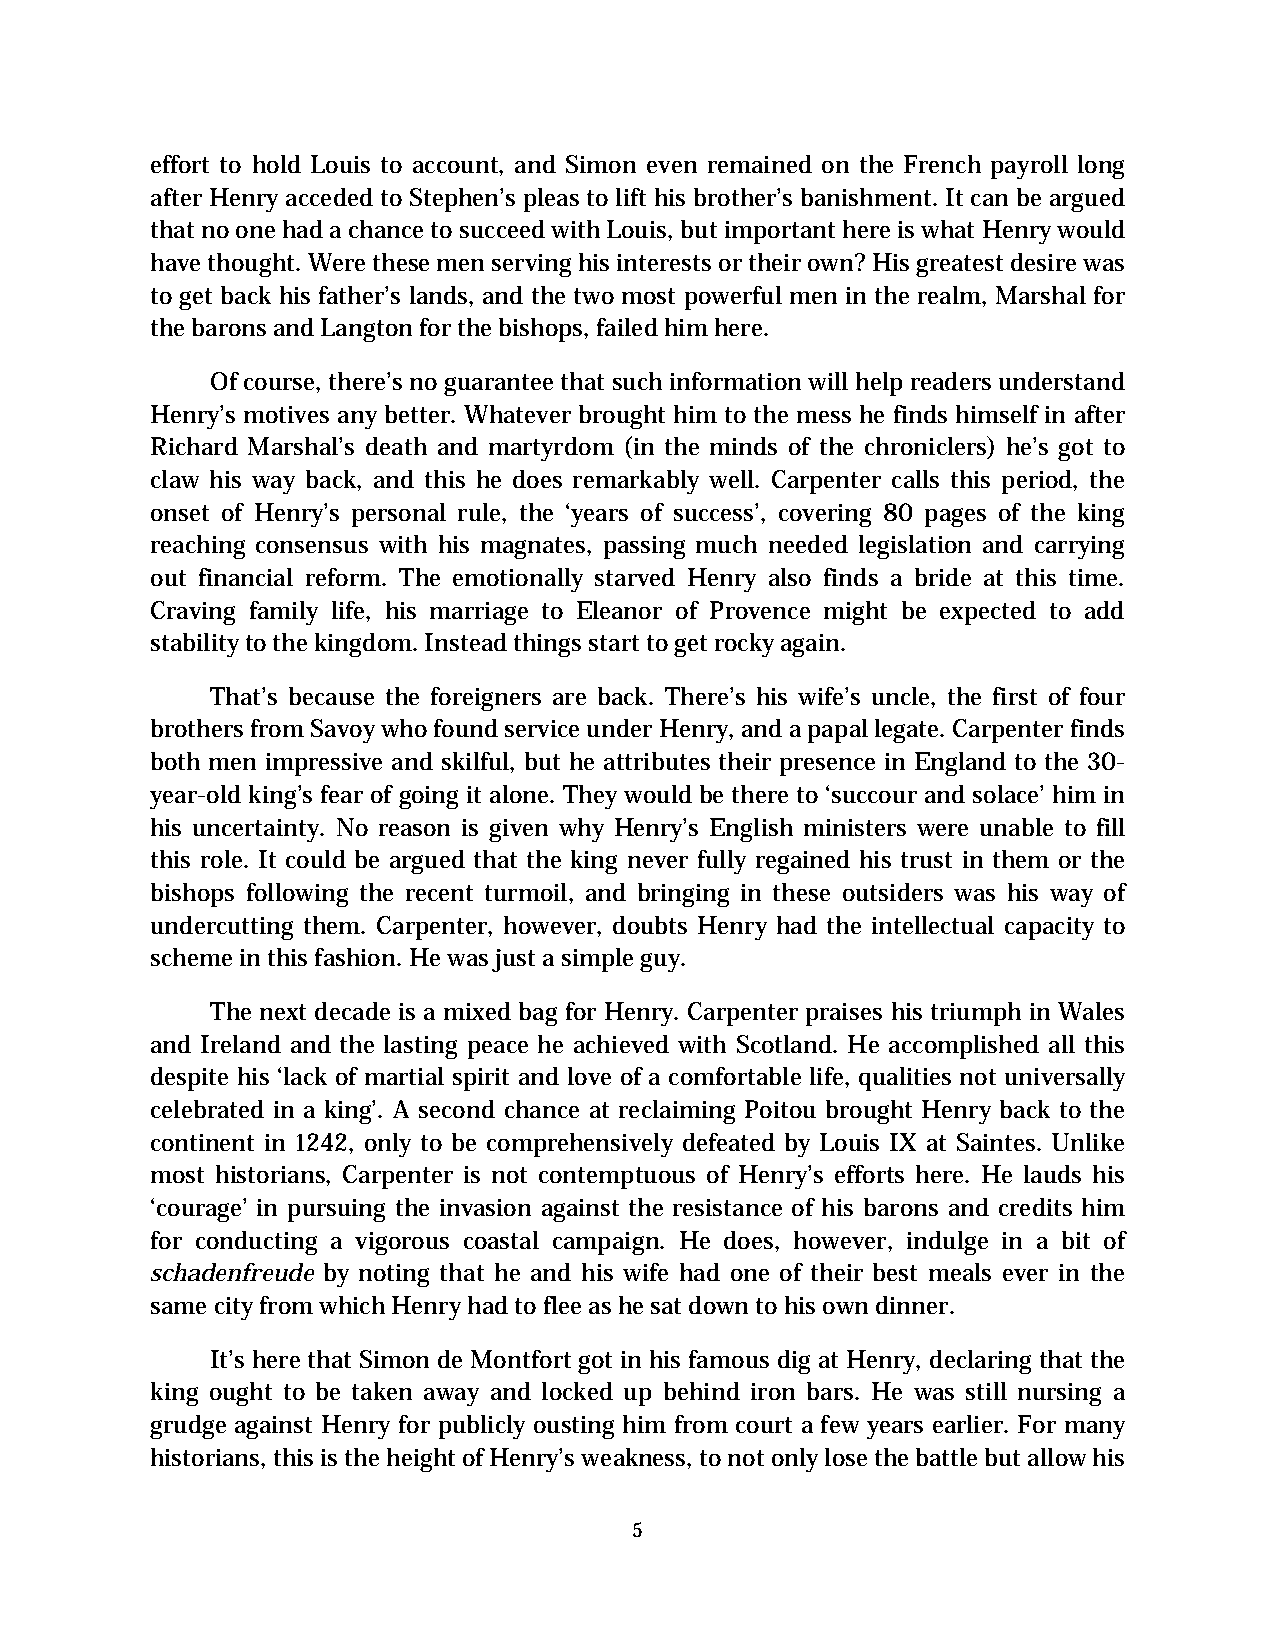
effort to hold Louis to account, and Simon even remained on the French payroll long
 after Henry acceded to Stephen’s pleas to lift his brother’s banishment. It can be argued
 that no one had a chance to succeed with Louis, but important here is what Henry would
 have thought. Were these men serving his interests or their own? His greatest desire was
 to get back his father’s lands, and the two most powerful men in the realm, Marshal for
 the barons and Langton for the bishops, failed him here.
 Of course, there’s no guarantee that such information will help readers understand
 Henry’s motives any better. Whatever brought him to the mess he finds himself in after
 Richard Marshal’s death and martyrdom (in the minds of the chroniclers) he’s got to
 claw his way back, and this he does remarkably well. Carpenter calls this period, the
 onset of Henry’s personal rule, the ‘years of success’, covering 80 pages of the king
 reaching consensus with his magnates, passing much needed legislation and carrying
 out financial reform. The emotionally starved Henry also finds a bride at this time.
 Craving family life, his marriage to Eleanor of Provence might be expected to add
 stability to the kingdom. Instead things start to get rocky again.
 That’s because the foreigners are back. There’s his wife’s uncle, the first of four
 brothers from Savoy who found service under Henry, and a papal legate. Carpenter finds
 both men impressive and skilful, but he attributes their presence in England to the 30-
 year-old king’s fear of going it alone. They would be there to ‘succour and solace’ him in
 his uncertainty. No reason is given why Henry’s English ministers were unable to fill
 this role. It could be argued that the king never fully regained his trust in them or the
 bishops following the recent turmoil, and bringing in these outsiders was his way of
 undercutting them. Carpenter, however, doubts Henry had the intellectual capacity to
 scheme in this fashion. He was just a simple guy.
 The next decade is a mixed bag for Henry. Carpenter praises his triumph in Wales
 and Ireland and the lasting peace he achieved with Scotland. He accomplished all this
 despite his ‘lack of martial spirit and love of a comfortable life, qualities not universally
 celebrated in a king’. A second chance at reclaiming Poitou brought Henry back to the
 continent in 1242, only to be comprehensively defeated by Louis IX at Saintes. Unlike
 most historians, Carpenter is not contemptuous of Henry’s efforts here. He lauds his
 ‘courage’ in pursuing the invasion against the resistance of his barons and credits him
 for conducting a vigorous coastal campaign. He does, however, indulge in a bit of
 schadenfreude by noting that he and his wife had one of their best meals ever in the
 same city from which Henry had to flee as he sat down to his own dinner.
 It’s here that Simon de Montfort got in his famous dig at Henry, declaring that the
 king ought to be taken away and locked up behind iron bars. He was still nursing a
 grudge against Henry for publicly ousting him from court a few years earlier. For many
 historians, this is the height of Henry’s weakness, to not only lose the battle but allow his
 5